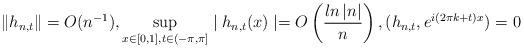
LaTeX: \begin{align*}\left\Vert h_{n,t}\right\Vert =O(n^{-1}),\sup_{x\in\lbrack0,1],t\in(-\pi,\pi]}\mid h_{n,t}(x)\mid=O\left( \frac{ln\left\vert n\right\vert }{n}\right) ,(h_{n,t},e^{i(2\pi k+t)x})=0\end{align*}